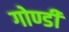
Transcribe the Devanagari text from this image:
गोण्डी